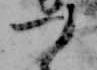
つ